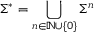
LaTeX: \Sigma ^ { * } = \bigcup _ { n \in \mathbb { N } \cup \{ 0 \} } \Sigma ^ { n }